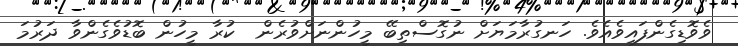
ވެވޮޑިގެންފައިވެއެވެ. ހަނގުރާމަޔަށް ނުގޮސްތިބޭ މީހުންނަށްވުރެން  ކުރާ މީހުން ބޮޑުވެގެންވާ ދަރުމަ